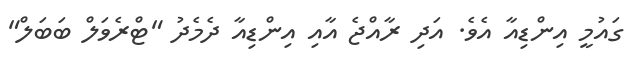
ގައުމީ އިންޑިއާ އެވެ. އަދި ރާއްޖެ އާއި އިންޑިއާ ދެމެދު "ޓްރެވަލް ބަބަލް"